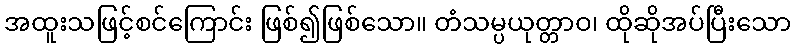
အထူးသဖြင့်စင်ကြောင်း ဖြစ်၍ဖြစ်သော။ တံသမ္ပယုတ္တာဝ၊ ထိုဆိုအပ်ပြီးသော